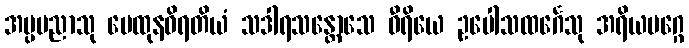
အပ္ပမညာသု မေထုနဝိရတိယံ သဒါရသန္တောသေ ဝီရိယေ ဥပေါသထင်္ဂေသု အရိယမဂ္ဂေ